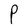
Character: P